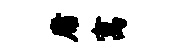
庸寓